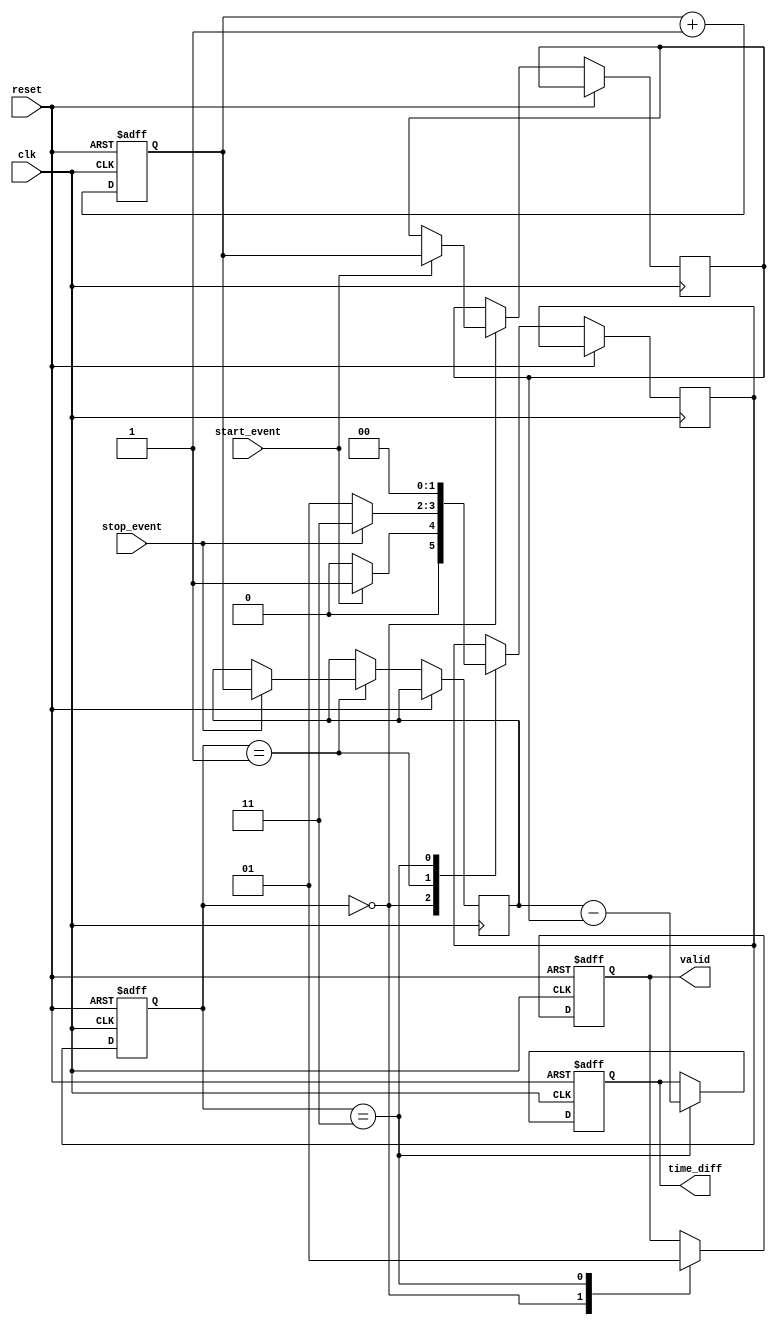
module synchronized_tdc (
    input wire clk,                // Primary clock input
    input wire reset,              // Reset signal
    input wire start_event,        // Start event signal
    input wire stop_event,         // Stop event signal
    output reg [31:0] time_diff,   // Output time difference
    output reg valid               // Output valid signal
);

    // Parameters
    parameter MEM_SIZE = 2;        // Size of capture memory (2 for start and stop)
    parameter COUNTER_WIDTH = 32;   // Width of the counter

    // Internal signals
    reg [COUNTER_WIDTH-1:0] counter; // High-resolution counter
    reg [COUNTER_WIDTH-1:0] capture_memory [0:MEM_SIZE-1]; // Capture memory
    reg [1:0] state;                // State for FSM
    reg [1:0] next_state;           // Next state for FSM

    // State encoding
    localparam IDLE = 2'b00;
    localparam CAPTURE_START = 2'b01;
    localparam CAPTURE_STOP = 2'b10;
    localparam OUTPUT = 2'b11;

    // Counter logic
    always @(posedge clk or posedge reset) begin
        if (reset) begin
            counter <= 0;
        end else begin
            counter <= counter + 1;
        end
    end

    // FSM for event detection and processing
    always @(posedge clk or posedge reset) begin
        if (reset) begin
            state <= IDLE;
            valid <= 0;
            time_diff <= 0;
        end else begin
            state <= next_state;
            case (state)
                IDLE: begin
                    valid <= 0;
                    if (start_event) begin
                        capture_memory[0] <= counter; // Capture start timestamp
                        next_state <= CAPTURE_START;
                    end else begin
                        next_state <= IDLE;
                    end
                end
                CAPTURE_START: begin
                    if (stop_event) begin
                        capture_memory[1] <= counter; // Capture stop timestamp
                        next_state <= OUTPUT;
                    end else begin
                        next_state <= CAPTURE_START;
                    end
                end
                OUTPUT: begin
                    time_diff <= capture_memory[1] - capture_memory[0]; // Calculate time difference
                    valid <= 1; // Indicate valid output
                    next_state <= IDLE; // Go back to IDLE state
                end
            endcase
        end
    end

endmodule